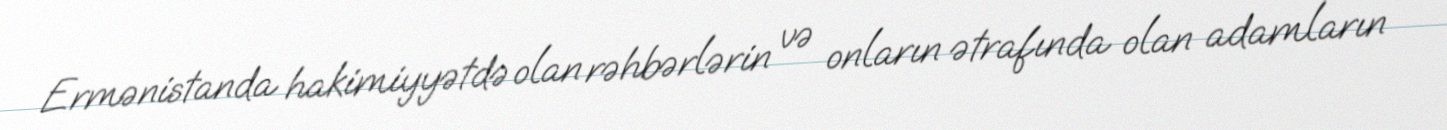
Ermənistanda hakimiyyətdə olan rəhbərlərin və onların ətrafında olan adamların